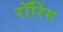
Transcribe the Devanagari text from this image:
रॉरिंग